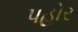
પહોર